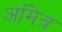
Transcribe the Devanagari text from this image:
अमित्र